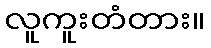
လူကူးတံတား။